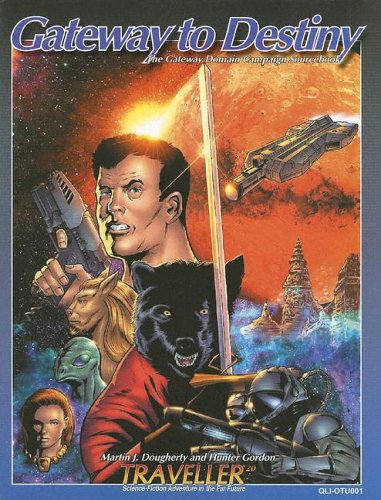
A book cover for Gateway to Destiny (Traveller D20 OGL); Martin Dougherty; Science Fiction & Fantasy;